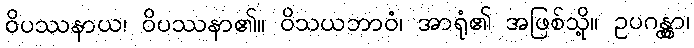
ဝိပဿနာယ၊ ဝိပဿနာ၏။ ဝိသယဘာဝံ၊ အာရုံ၏ အဖြစ်သို့။ ဥပဂန္တွာ၊